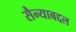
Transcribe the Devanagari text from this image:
सैन्याबद्दल